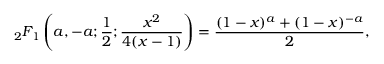
{ } _ { 2 } F _ { 1 } \left( a , - a ; { \frac { 1 } { 2 } } ; { \frac { x ^ { 2 } } { 4 ( x - 1 ) } } \right) = { \frac { ( 1 - x ) ^ { a } + ( 1 - x ) ^ { - a } } { 2 } } ,